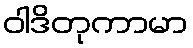
ဝါဒိတုကာမာ